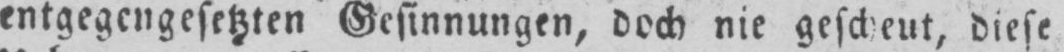
entgegengesetzten Gesinnungen, doch nie gescheut, diese